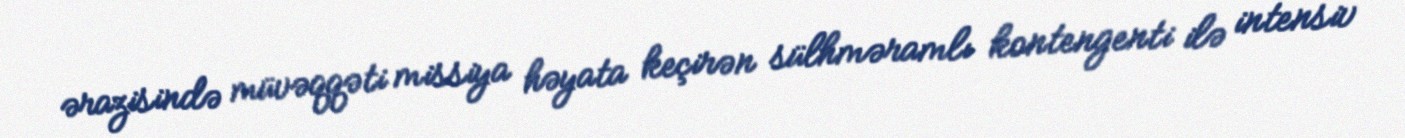
ərazisində müvəqqəti missiya həyata keçirən sülhməramlı kontengenti ilə intensiv